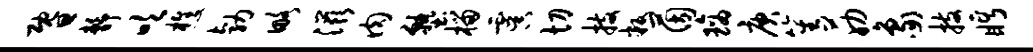
暨静吹樵勃略滋肉塾榴虞切技叛茵璃庚笙筋象技眄